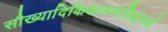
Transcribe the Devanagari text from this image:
सौख्यादिकिकामनासिद्धयर्थ